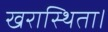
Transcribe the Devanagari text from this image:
खरास्थिता।